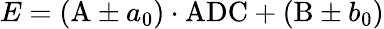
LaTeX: E=(\textnormal{A}\pm a_{0})\cdot\textnormal{ADC}+(\textnormal{B}\pm b_{0})